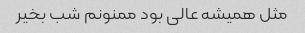
مثل همیشه عالی بود ممنونم شب بخیر